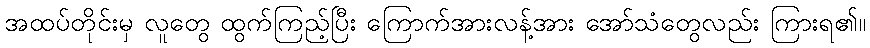
အထပ်တိုင်းမှ လူတွေ ထွက်ကြည့်ပြီး ကြောက်အားလန့်အား အော်သံတွေလည်း ကြားရ၏။